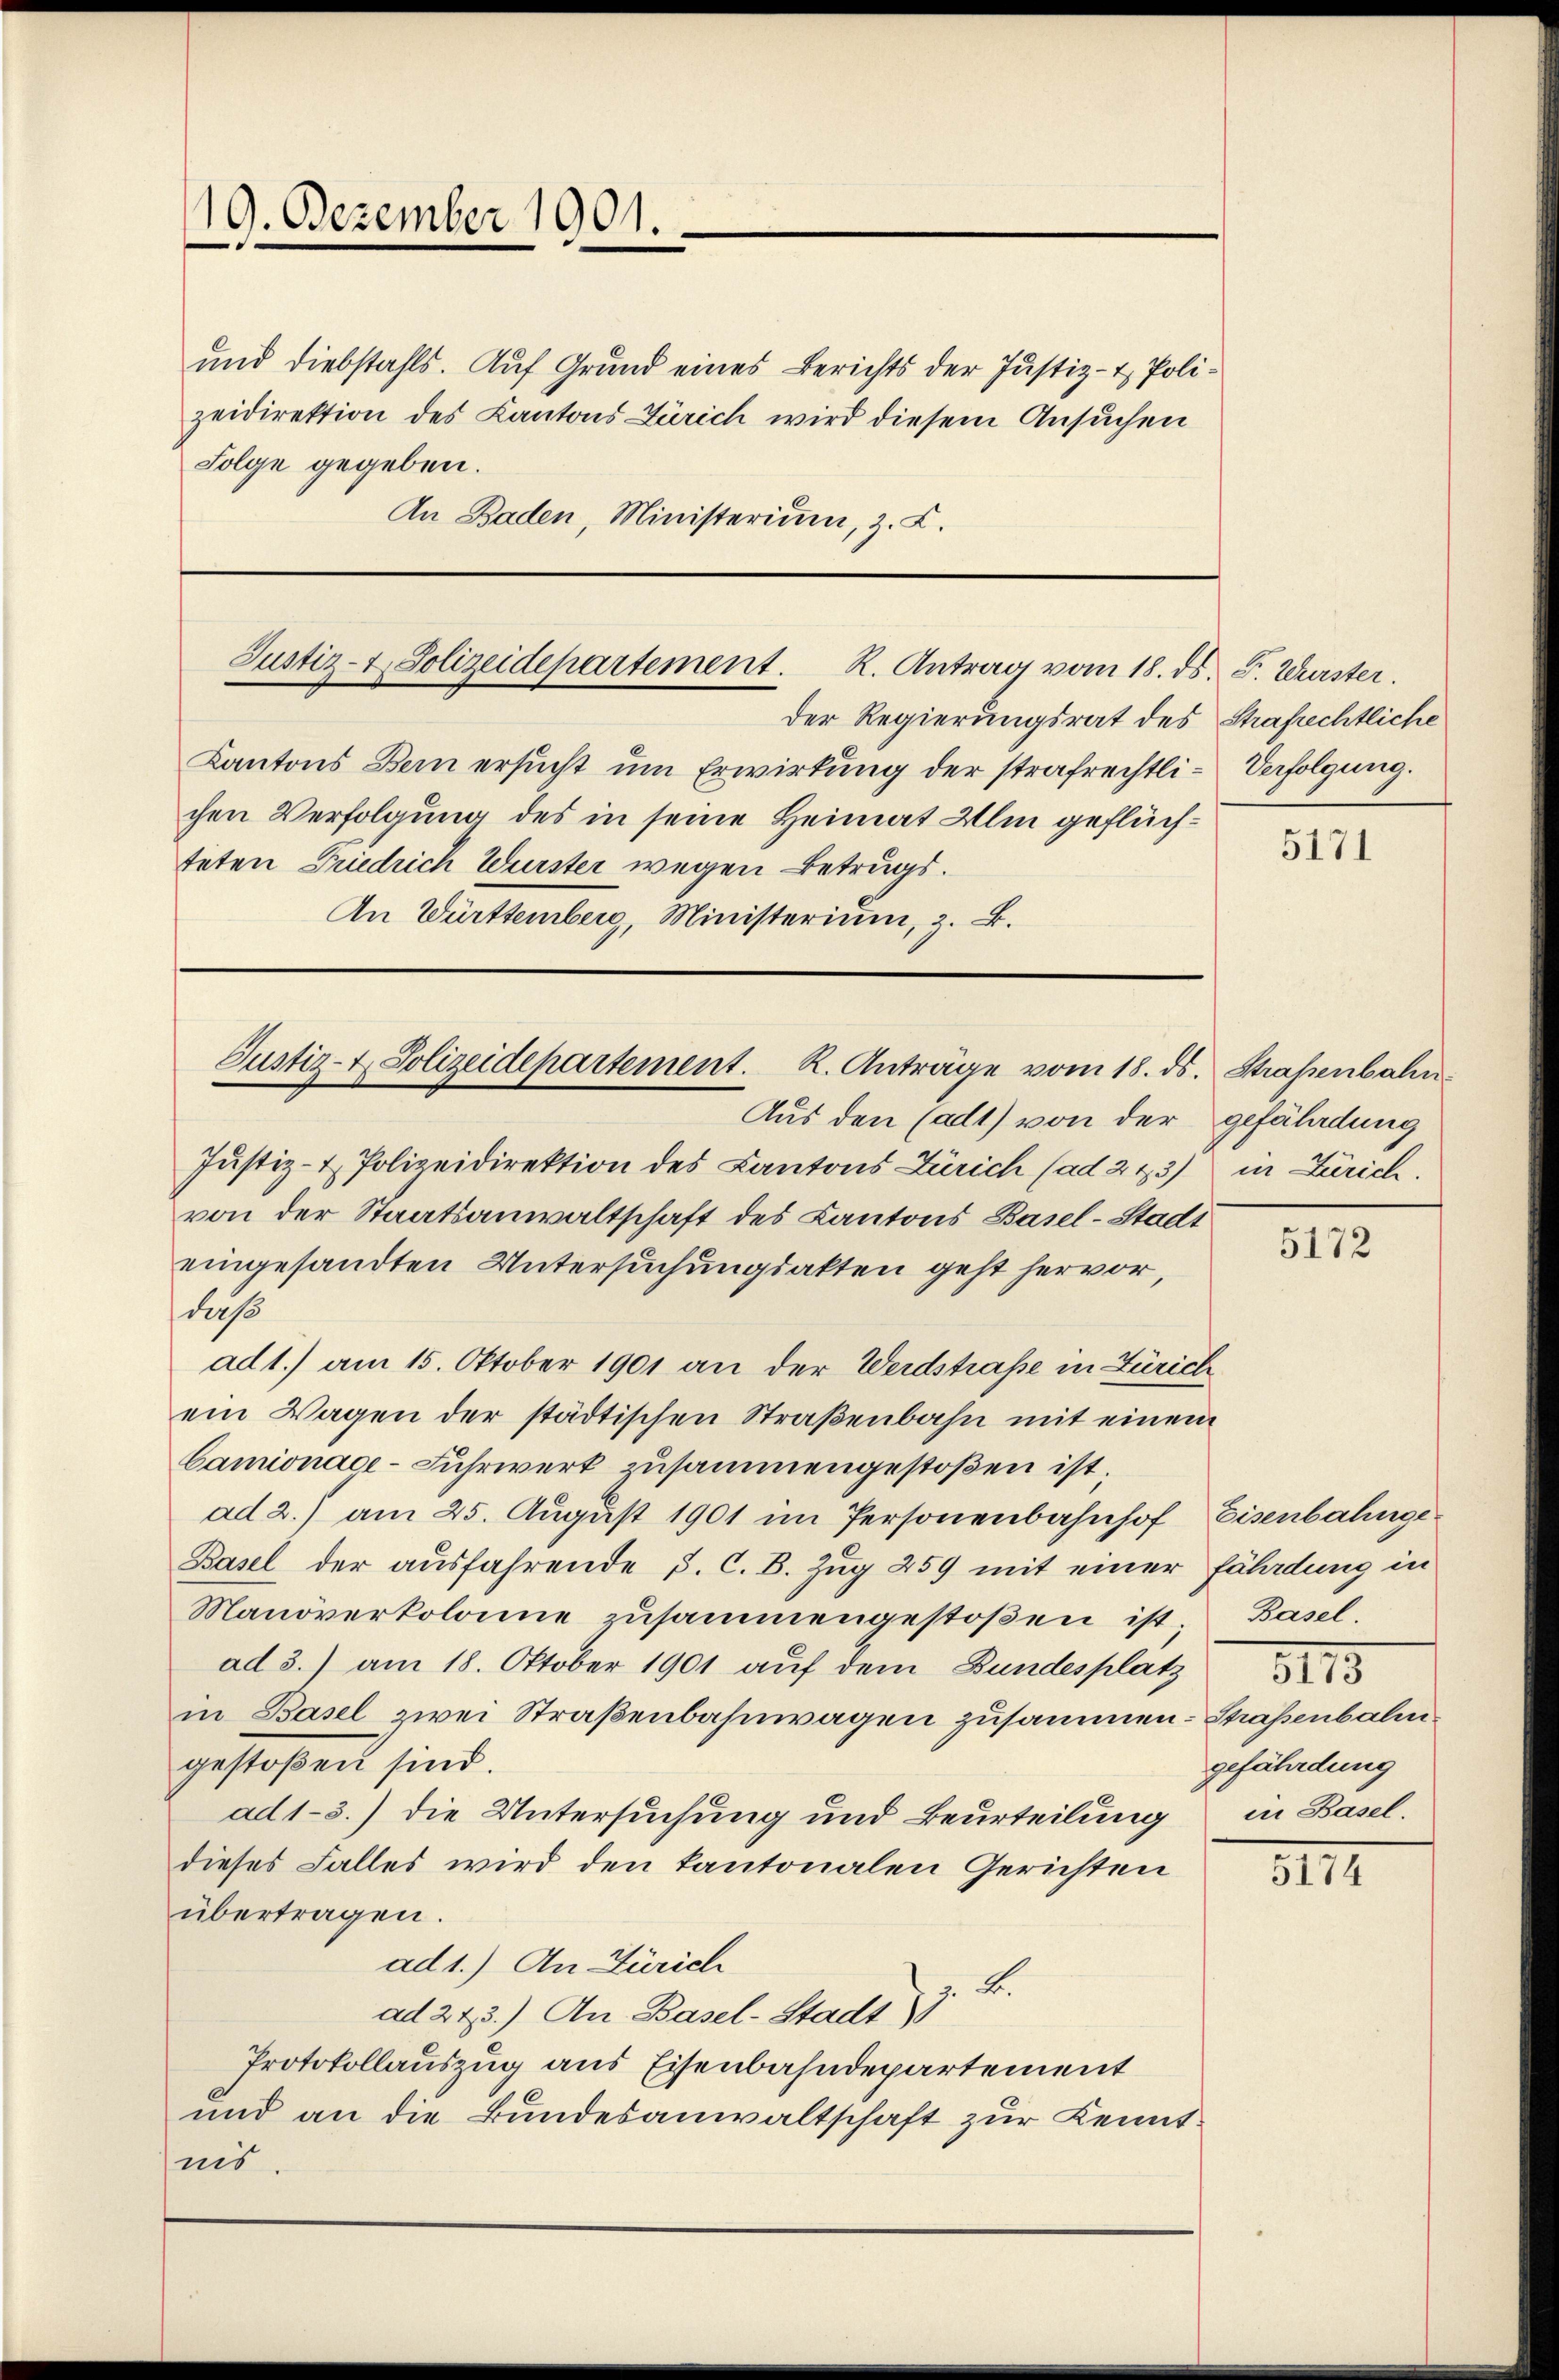
und Diebstahls. Auf Grund eines Berichts der Justiz- & Polizeidirektion des Kantons Zürich wird diesem Ansuchen
Folge gegeben.
An Baden, Ministerium, z. L.

19. Dezember 1901.
e
e

Justiz- & Polizeidepartement. K. Antrag vom 18. ds. F. Wurster.
der Regierungsrat des Strafrechtliche

Kantons Bern ersucht um Erwirkung der strafrechtli- Verfolgung.
chen Verfolgung des in seine Heimat Ulm geflüchteten Friedrich Würster wegen Betrugs.
An Württemberg, Ministerium, z. B.

Justiz- & Polizeidepartement. K. Anträge vom 18. ds. Straßenbahn
Aus den (adt) von der gefäladung

Justiz- & Polizeidirektion des Cantons Zürich (ad 223) in Zürich.
von der Staatsanwaltschaft des Kantons Basel-Stadt
eingesandten Untersuchungsakten geht hervor
daß
ad1.) am 15. Oktober 1901 an der Werdstraße in Zürich
ein Wagen der städtischen Straßenbahn mit einem
Camionace-Fuhrwerk zusammengestoßen ist
ad 2.) am 25. August 1901 im Personenbahnhof Eisenbahnge¬
Basel der ausfahrende P. C. B. Zug 259 mit einer fährdung in
Manöverkolome zusammengestoßen ist Basel.
ad 3.) am 18. Oktober 1901 auf dem Bundesplatz
in Basel zwei Straßenbahnwagen zusammen- Straßenbalmgestoßen sind.
ad1-3.) die Untersuchung und Beurteilung
dieses Falles wird den kantonalen Gerichten
übertragen.
ad 1.) An Zürich
2.
ad 273.) An Basel-Stadt
Protokollauszug aus Eisenbahndepartement
und an die Bundesanwaltschaft zur Kenntais

5171

5172

gefährdung
in Basel.

5174